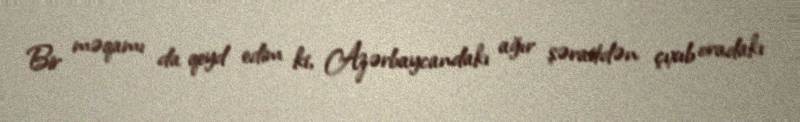
Bir məqamı da qeyd edim ki, Azərbaycandakı ağır şəraitdən çıxıb oradakı